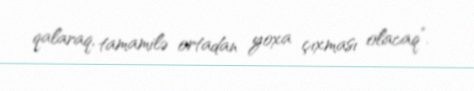
qalaraq, tamamilə ortadan yoxa çıxması olacaq”.